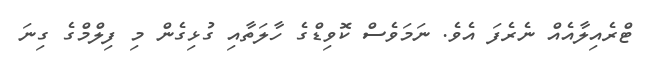
ޓްރެއިލާއެއް ނެރެފަ އެވެ. ނަމަވެސް ކޮވިޑްގެ ހާލަތާއި ގުޅިގެން މި ފިލްމްގެ ގިނަ